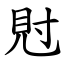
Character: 䙸